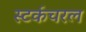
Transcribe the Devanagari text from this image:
स्टर्कचरल